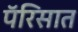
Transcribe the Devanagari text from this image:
पॅरिसात